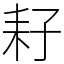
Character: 耔